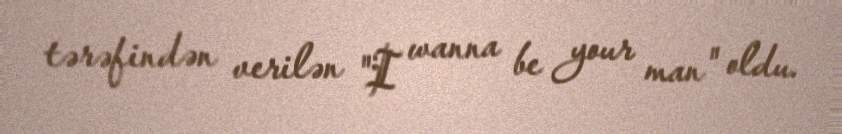
tərəfindən verilən "I wanna be your man" oldu.